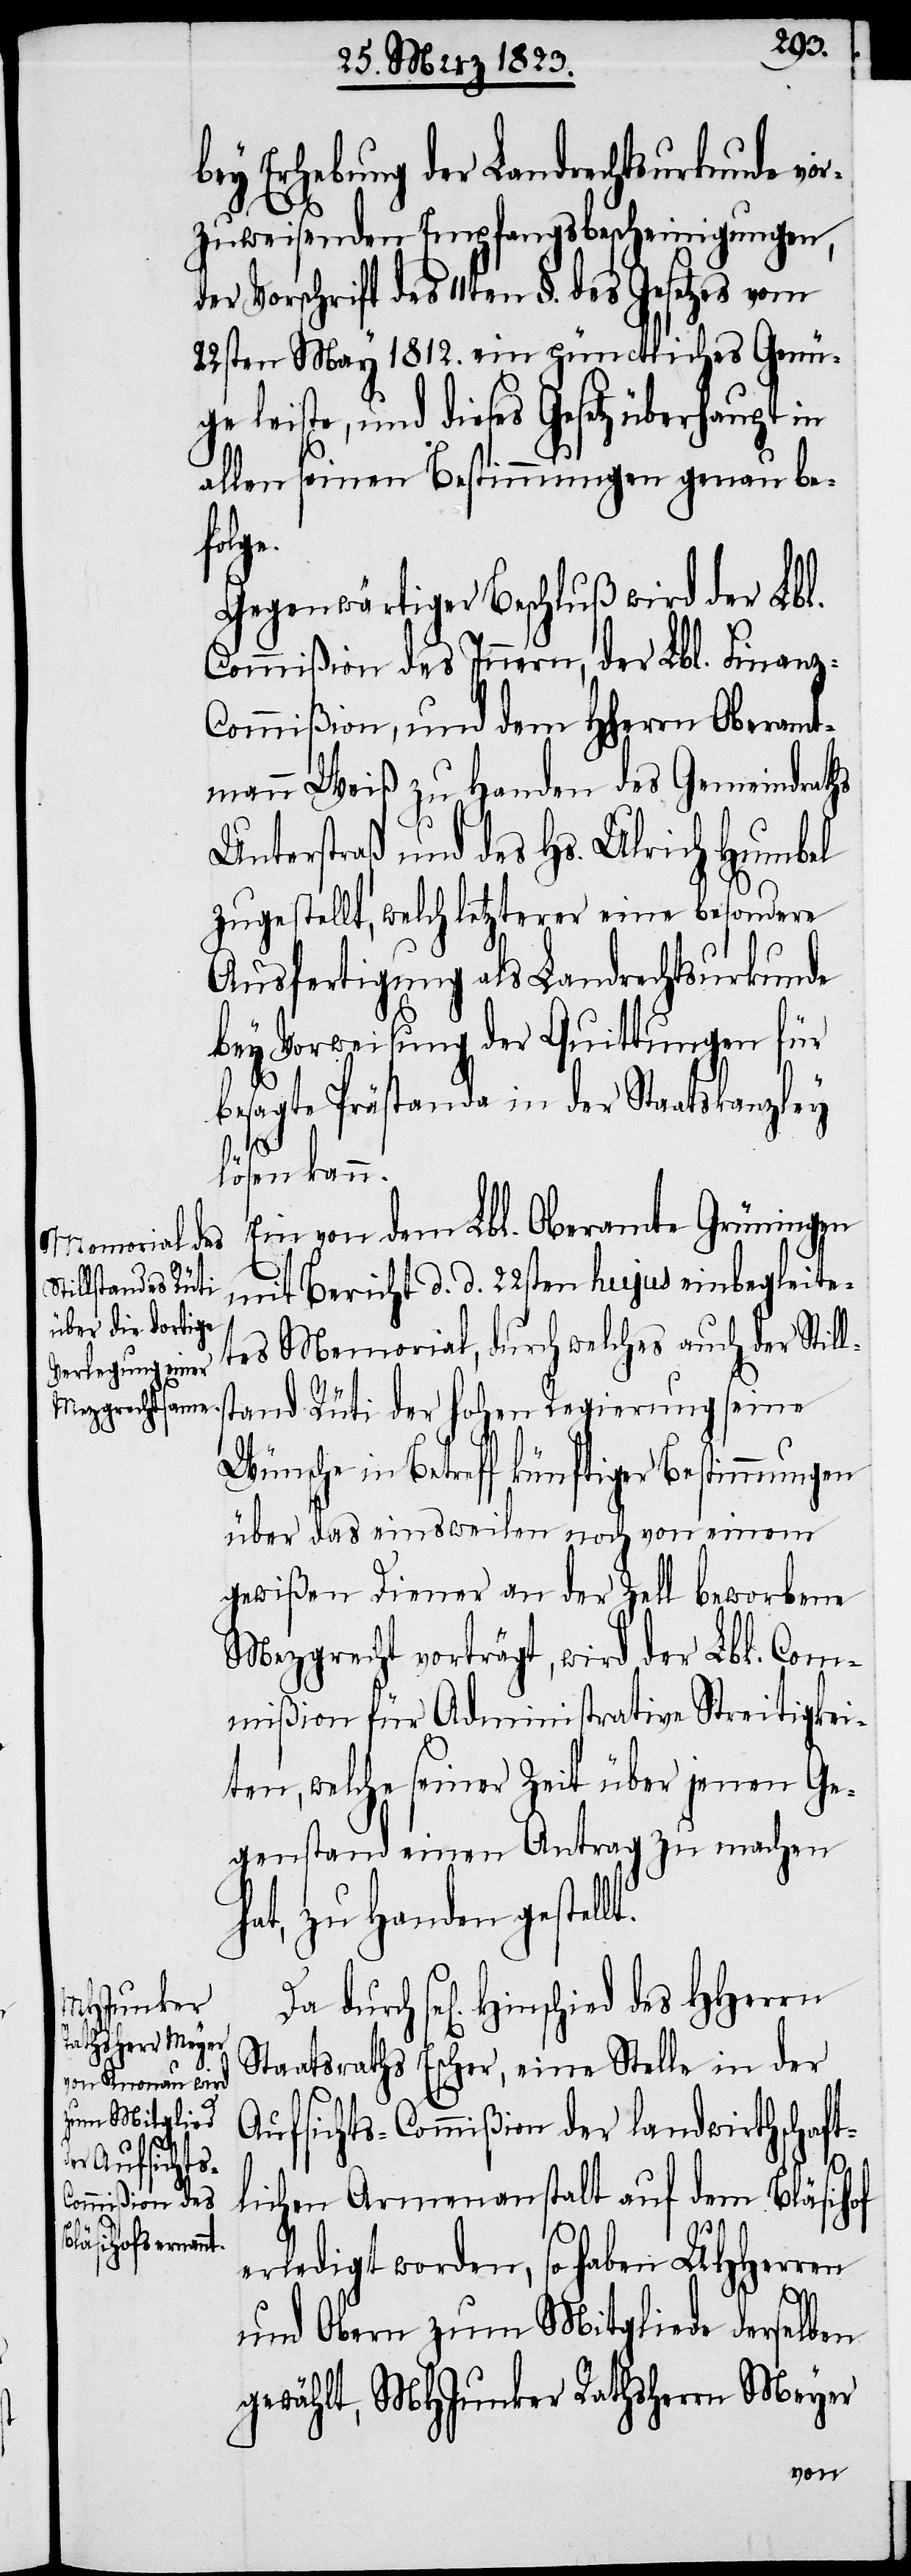
bey Erhebung der Landrechtsurkunde vo¬
rzuweisenden Empfangsbescheinigungen,
der Vorschrift des 11ten §. des Gesetzes vom
22sten May 1812. ein pünctliches Genü¬
ge leiste, und dieses Gesetz überhaupt in
allen seinen Bestimmungen genau bef¬
olge.
Gegenwärtiger Beschluß wird der Lbl.
Commißion, und dem Hherrn Oberamt¬
mann Weiß zu Handen des Gemeindraths
Unterstraß und des Hs. Ulrich Humbel
zugestellt, welch letzterer eine besondere
Ausfertigung als Landrechtsurkunde
bey Vorweisung der Quittungen für
besagte Prästanda in der Staatskanzley
lösen kann.
Ein von dem Lbl. Oberamte Grüningen
mit Bericht d. d. 22sten hujus einbegleite¬
tes Memorial, durch welches auch der Still¬
stand Rüti der hohen Regierung seine
Wünsche in Betreff künftiger Bestimmungen
über das einsweilen noch von einem
gewißen Diener an der Zell beworbene
Mezgrecht vorträgt, wird der Lbl. Com¬
mißion für Administrative Streitigkei¬
ten, welche seiner Zeit über jenen Ge¬
genstand einen Antrag zu machen
hat, zu Handen gestellt.
Staatsraths Escher, eine Stelle in der
Aufsichts-Commißion der landwirthschaft¬
lichen Armenanstalt auf dem Bläsihof
erledigt worden, so haben UHHerren
und Obern zum Mitgliede derselben
gewählt, MHJunker Rathsherrn Meyer